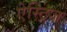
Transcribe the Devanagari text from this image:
ऐस्ट्रिज